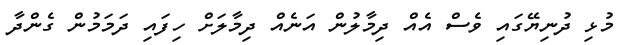
މުޅި ދުނިޔޭގައި ވެސް އެއް ދިމާލުން އަނެއް ދިމާލަށް ހިފައި ދަމަމުން ގެންދާ